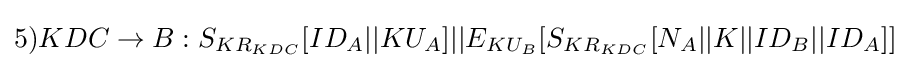
5)KDC\rightarrow B:S_{KR_{KDC}}[ID_{A}||KU_{A}]||E_{KU_{B}}[S_{KR_{KDC}}[N_{A}||K||ID_{B}||ID_{A}]]